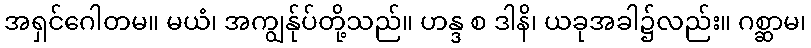
အရှင်ဂေါတမ။ မယံ၊ အကျွန်ုပ်တို့သည်။ ဟန္ဒ စ ဒါနိ၊ ယခုအခါ၌လည်း။ ဂစ္ဆာမ၊